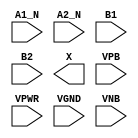
module sky130_fd_sc_ls__o2bb2a (
    //# {{data|Data Signals}}
    input  A1_N,
    input  A2_N,
    input  B1  ,
    input  B2  ,
    output X   ,

    //# {{power|Power}}
    input  VPB ,
    input  VPWR,
    input  VGND,
    input  VNB
);
endmodule